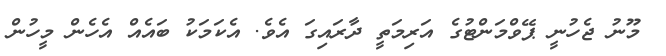
މޫނު ޖެހުނީ ޕޭވްމަންޓުގެ އަރިމަތީ ދާރައިގަ އެވެ. އެކަމަކު ބައެއް އެހެން މީހުން